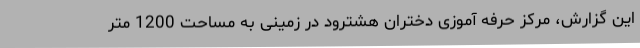
این گزارش، مرکز حرفه آموزی دختران هشترود در زمینی به مساحت 1200 متر